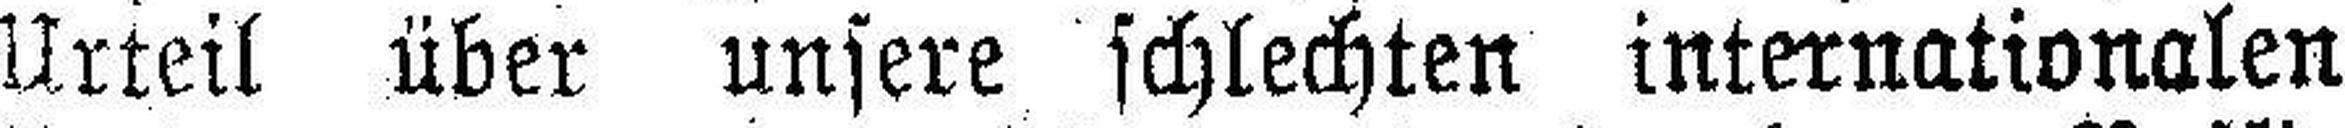
Urteil über unsere schlechten internationalen